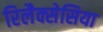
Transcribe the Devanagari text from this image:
रिलैक्सेसिया